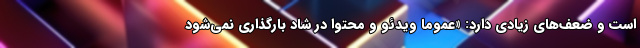
است و ضعف‌های زیادی دارد: «عموما ویدئو و محتوا در شاد بارگذاری نمی‌شود